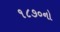
૧૮૭૦નો